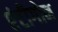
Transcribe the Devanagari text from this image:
एंटीगोन